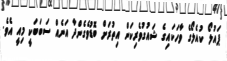
ޕައުލޯ ކުއެލޯގެ ވާހަކައިގެ ޝައުގުވެރިކަން އިތުރަށް ބޮޑުވެގެންދާ އަނެއް ސަބަބަކީ މިއީ އެވެ.